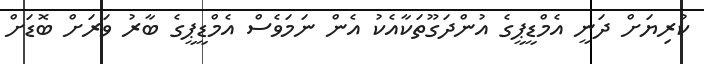
ކުރިޔަށް ދަނީ އެމްޑީޕީގެ އުންދަގޫތަކާއެކު އެން ނަމަވެސް އެމްޑީޕީގެ ބާރު ވަރަށް ބޮޑަށް